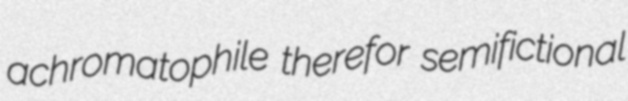
achromatophile therefor semifictional